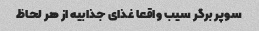
سوپر برگر سیب واقعا غذای جذابیه از هر لحاظ